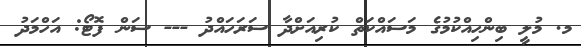
މ. މުލީ ބިންހިއްކުމުގެ މަސައްކަތް ކުރިއަށްދާ ސަރަހައްދު --- ސަން ފޮޓޯ: އަހްމަދު